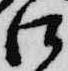
江